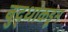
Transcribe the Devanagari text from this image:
बुद्धांकडून